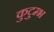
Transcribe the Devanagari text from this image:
कुटुम्भ